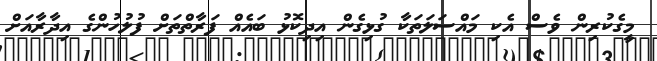
މީގެކުރިން ވެސް އެކި މައްސަލަތަކާ ގުޅިގެން އިދިކޮޅު ބައެއް ފަރާތްތަށް ފުލުހުންގެ އިދާރާއަށް